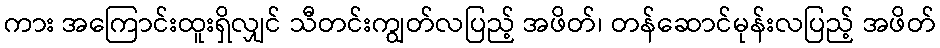
ကား အကြောင်းထူးရှိလျှင် သီတင်းကျွတ်လပြည့် အဖိတ်၊ တန်ဆောင်မုန်းလပြည့် အဖိတ်